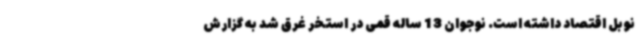
نوبل اقتصاد داشته است. نوجوان 13 ساله قمی در استخر غرق شد به گزارش